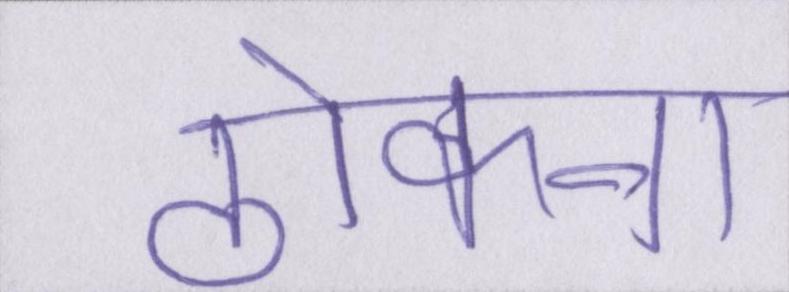
ठोकना